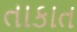
તાકાત